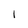
Character: l